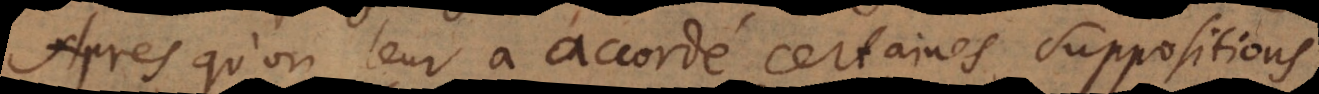
Apres qu’on leur a accordé certaines suppositions